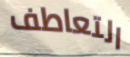
التعاطف